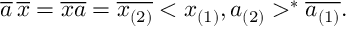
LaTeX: \overline { { { a } } } \, \overline { { { x } } } = \overline { { { x a } } } = \overline { { { x _ { ( 2 ) } } } } < x _ { ( 1 ) } , a _ { ( 2 ) } > ^ { * } \overline { { { a _ { ( 1 ) } } } } .